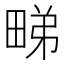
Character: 𭻘